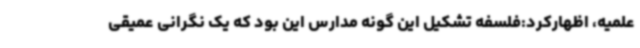
علمیه، اظهارکرد:فلسفه تشکیل این گونه مدارس این بود که یک نگرانی عمیقی